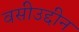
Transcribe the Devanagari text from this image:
वसीउद्दीन